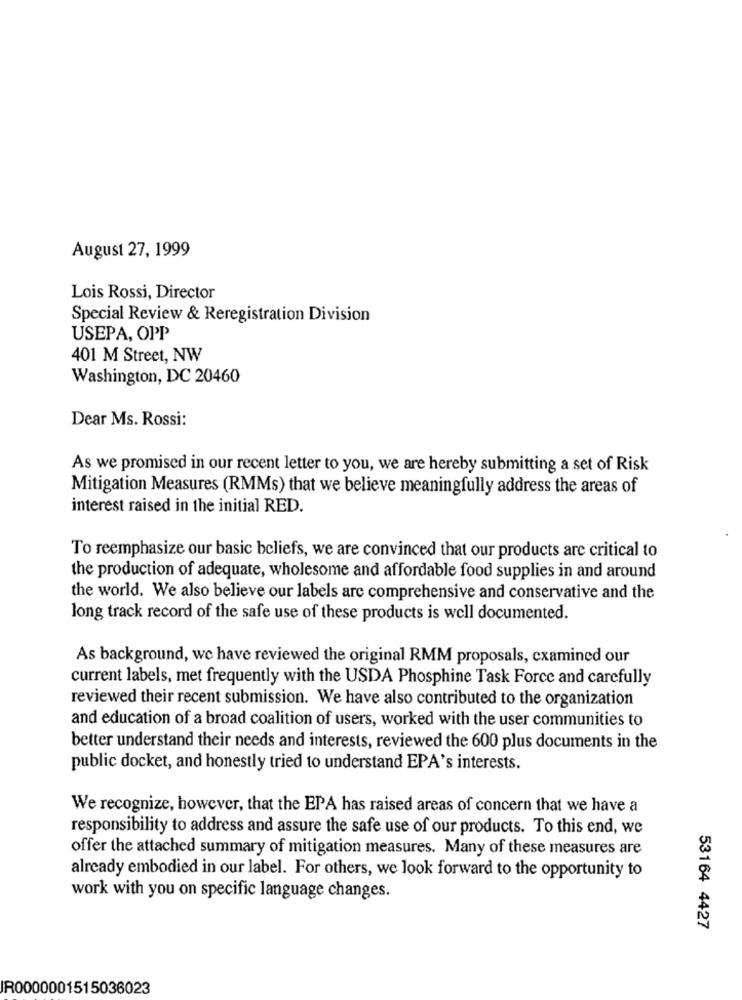
August 27, 1999
Lois Rossi, Director
Special Review & Reregistration Division
USEPA, OPP
401 M Street, NW
Washington, DC 20460
Dear Ms. Rossi:
As we promised in our recent letter to you, we are hereby submitting a set of Risk
Mitigation Measures (RMMs) that we believe meaningfully address the areas of
interest raised in the initial RED.
To reemphasize our basic beliefs, we are convinced that our products are critical to
the production of adequate, wholesome and affordable food supplies in and around
the world. We also believe our labels arc comprehensive and conservative and the
long track record of the safe use of these products is well documented.
As background, we have reviewed the original RMM proposals, examined our
current labels, met frequently with the USDA Phosphine Task Force and carefully
reviewed their recent submission. We have also contributed to the organization
and education of a broad coalition of users, worked with the user communities to
better understand their needs and interests, reviewed the 600 plus documents in the
public docket, and honestly tried to understand EPA's interests.
We recognize, however, that the EPA has raised areas of concern that we have a
responsibility to address and assure the safe use of our products. To this end, we
offer the attached summary of mitigation measures. Many of these measures are
already embodied in our label. For others, we look forward to the opportunity to
work with you on specific language changes.
53164 4427
IR0000001515036023